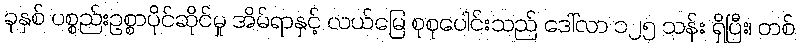
ခုနှစ် ပစ္စည်းဥစ္စာပိုင်ဆိုင်မှု အိမ်ရာနှင့် လယ်မြေ စုစုပေါင်းသည် ဒေါ်လာ ၁၂၅ သန်း ရှိပြီး၊ တစ်